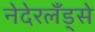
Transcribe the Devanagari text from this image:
नेदेरलँड्से